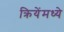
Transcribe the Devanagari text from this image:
क्रियेंमध्ये